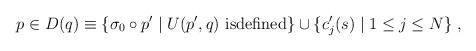
LaTeX: \begin{align*}p\in D(q)\equiv\{\sigma_0\circ p'\mid U(p',q) \mbox{ isdefined}\}\cup\{c'_j(s)\mid1\leq j\leq N\} \;,\end{align*}